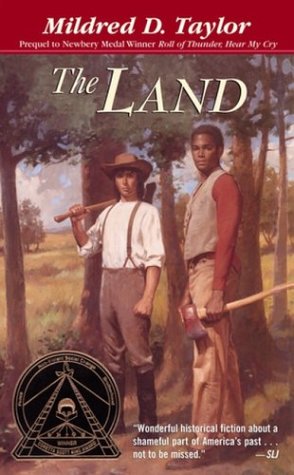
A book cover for The Land; Mildred D. Taylor; Teen & Young Adult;